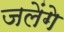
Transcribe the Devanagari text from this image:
जलेंगे